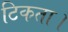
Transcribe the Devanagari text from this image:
टिकता।